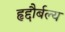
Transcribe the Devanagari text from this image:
हृद्दौर्बल्य